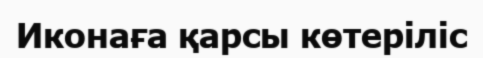
Иконаға қарсы көтеріліс